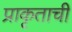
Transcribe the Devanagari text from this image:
प्राकृताची